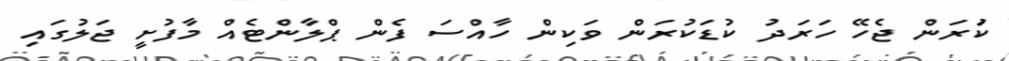
ކުަރަން ޖެހޭ ހަރަދު ކުޑަކުރަން ވަކިން ހާއްސަ ފެން ޕްލާންޓެއް މާފުށީ ޖަލުގައި